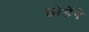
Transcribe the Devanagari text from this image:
छोडेंगे